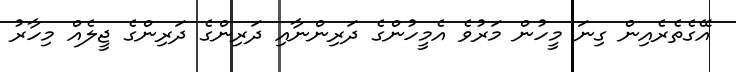
އޭގެތެރެއިން ގިނަ މީހުން މަރުވެ އެމީހުންގެ ދަރިންނާއި ދަރިންގެ ދަރިންގެ ޖީލެއް މިހާރު